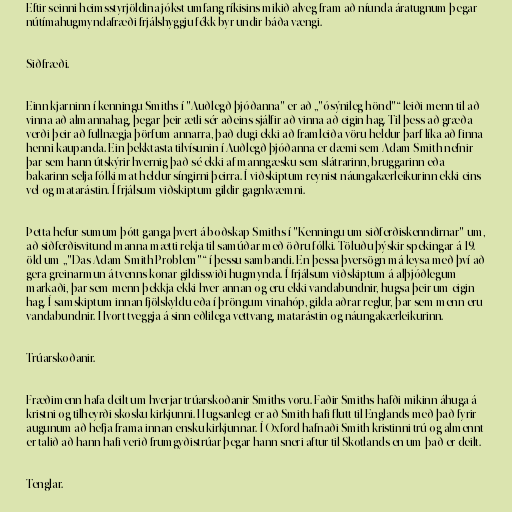
Eftir seinni heimsstyrjöldina jókst umfang ríkisins mikið alveg fram að níunda áratugnum þegar
nútímahugmyndafræði frjálshyggju fékk byr undir báða vængi.

Siðfræði.

Einn kjarninn í kenningu Smiths í "Auðlegð þjóðanna" er að „"ósýnileg hönd"“ leiði menn til að
vinna að almannahag, þegar þeir ætli sér aðeins sjálfir að vinna að eigin hag. Til þess að græða
verði þeir að fullnægja þörfum annarra, það dugi ekki að framleiða vöru heldur þarf líka að finna
henni kaupanda. Ein þekktasta tilvísunin í Auðlegð þjóðanna er dæmi sem Adam Smith nefnir
þar sem hann útskýrir hvernig það sé ekki af manngæsku sem slátrarinn, bruggarinn eða
bakarinn selja fólki mat heldur síngirni þeirra. Í viðskiptum reynist náungakærleikurinn ekki eins
vel og matarástin. Í frjálsum viðskiptum gildir gagnkvæmni.

Þetta hefur sumum þótt ganga þvert á boðskap Smiths í "Kenningu um siðferðiskenndirnar" um,
að siðferðisvitund manna mætti rekja til samúðar með öðru fólki. Töluðu þýskir spekingar á 19.
öld um „"Das Adam Smith Problem"“ í þessu sambandi. En þessa þversögn má leysa með því að
gera greinarmun á tvenns konar gildissviði hugmynda. Í frjálsum viðskiptum á alþjóðlegum
markaði, þar sem menn þekkja ekki hver annan og eru ekki vandabundnir, hugsa þeir um eigin
hag. Í samskiptum innan fjölskyldu eða í þröngum vinahóp, gilda aðrar reglur, þar sem menn eru
vandabundnir. Hvort tveggja á sinn eðlilega vettvang, matarástin og náungakærleikurinn.

Trúarskoðanir.

Fræðimenn hafa deilt um hverjar trúarskoðanir Smiths voru. Faðir Smiths hafði mikinn áhuga á
kristni og tilheyrði skosku kirkjunni. Hugsanlegt er að Smith hafi flutt til Englands með það fyrir
augunum að hefja frama innan ensku kirkjunnar. Í Oxford hafnaði Smith kristinni trú og almennt
er talið að hann hafi verið frumgyðistrúar þegar hann sneri aftur til Skotlands en um það er deilt.

Tenglar.